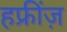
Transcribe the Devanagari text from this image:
हफ्रींज़